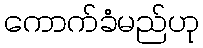
ကောက်ခံမည်ဟု